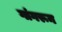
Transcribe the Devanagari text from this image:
गांगरून